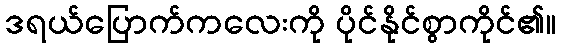
ဒရယ်ပြောက်ကလေးကို ပိုင်နိုင်စွာကိုင်၏။